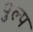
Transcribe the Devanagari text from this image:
पुल्प